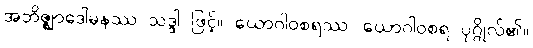
အဘိဇ္ဈာဒေါမနဿ သဒ္ဒါ ဖြင့်။ ယောဂါဝစရဿ၊ ယောဂါဝစရ ပုဂ္ဂိုလ်၏။